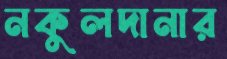
নকুলদানার